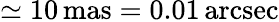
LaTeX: \simeq 10\, \mathrm{mas}=0.01\, \mathrm{arcsec}